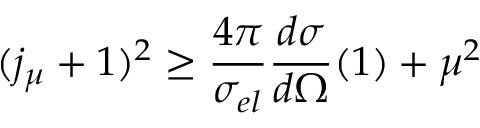
( j _ { \mu } + 1 ) ^ { 2 } \ge \frac { 4 \pi } { \sigma _ { e l } } \frac { d \sigma } { d \Omega } ( 1 ) + \mu ^ { 2 }